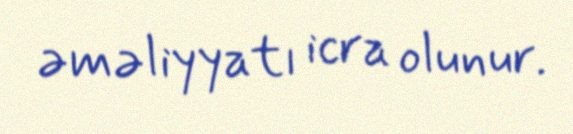
əməliyyatı icra olunur.